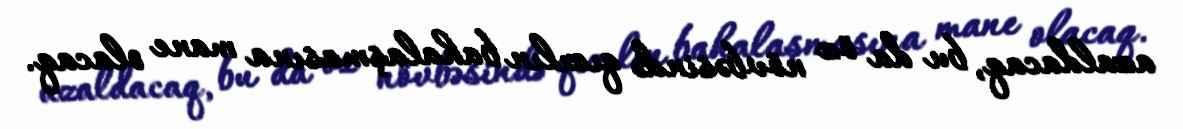
azaldacaq, bu da öz növbəsində qızılın bahalaşmasına mane olacaq.